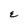
Character: E